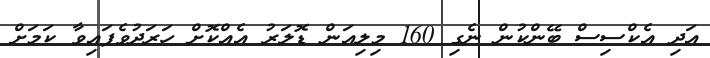
އަދި އެކްސިސް ބޭންކުން ނެގި 160 މިލިއަން ޑޮލަރު އެއްކޮށް ހަރަދުވެފައިވާ ކަމަށް